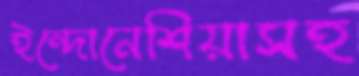
ইন্দোনেশিয়াসহ